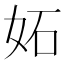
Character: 妬